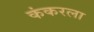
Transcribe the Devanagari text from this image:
कंकरला